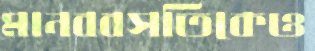
মানববসতিকেও